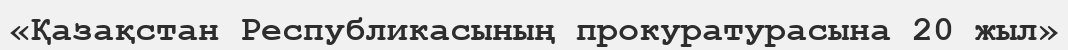
«Қазақстан Республикасының прокуратурасына 20 жыл»